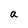
Character: a